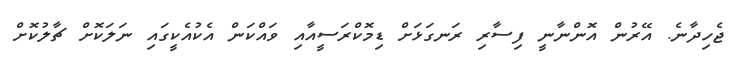
ޖެހިދާނެ. އޭރުން އޮންނާނީ ފިސާރި ރަނގަޅަށް ޑިމޮކްރަސީއާއި ވައްކަން އެކުއެކީގައި ނަލަކޮށް ޗާލުކޮށް